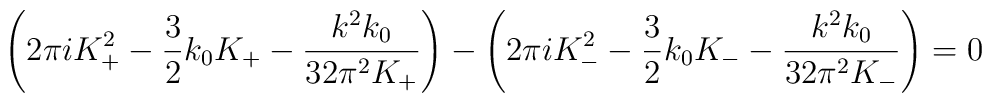
\left(2\pi i K_+^2-\frac 3 2 k_0 K_+ -\frac{k^2 k_0}{32\pi^2 K_+}\right)-\left(2\pi i K_-^2-\frac 3 2 k_0 K_- -\frac{k^2 k_0}{32\pi^2 K_-}\right)=0